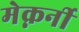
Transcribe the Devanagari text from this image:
मेक्नर्नी